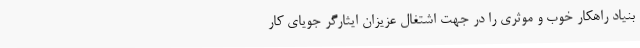
بنیاد راهکار خوب و موثری را در جهت اشتغال عزیزان ایثارگر جویای کار